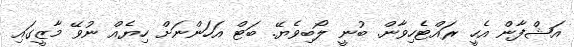
އަޝްފާން އެހީ ރައްޓެހިވާން. ބުނީ ލޯބިވެޔޭ. ބަޓް އަހަންނަށް ހިޔެއް ނުވޭ މާޒީގައި